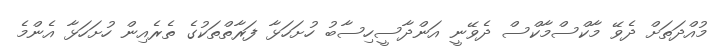
މުއްދަތަށް ދެވޭ މާކްސްމާކްސް ދެވޭނީ އަންދާސީހިސާބު ހުށަހަޅާ ފަރާތްތަކުގެ ތެރެއިން ހުށަހަޅާ އެންމެ